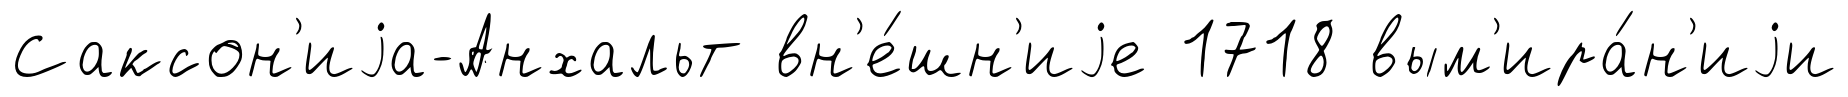
Саксон'иjа-Анхальт вн'е́шн'иjе 1718 вым'ира́н'иjи